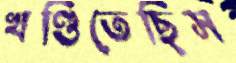
খণ্ডিতেছিস